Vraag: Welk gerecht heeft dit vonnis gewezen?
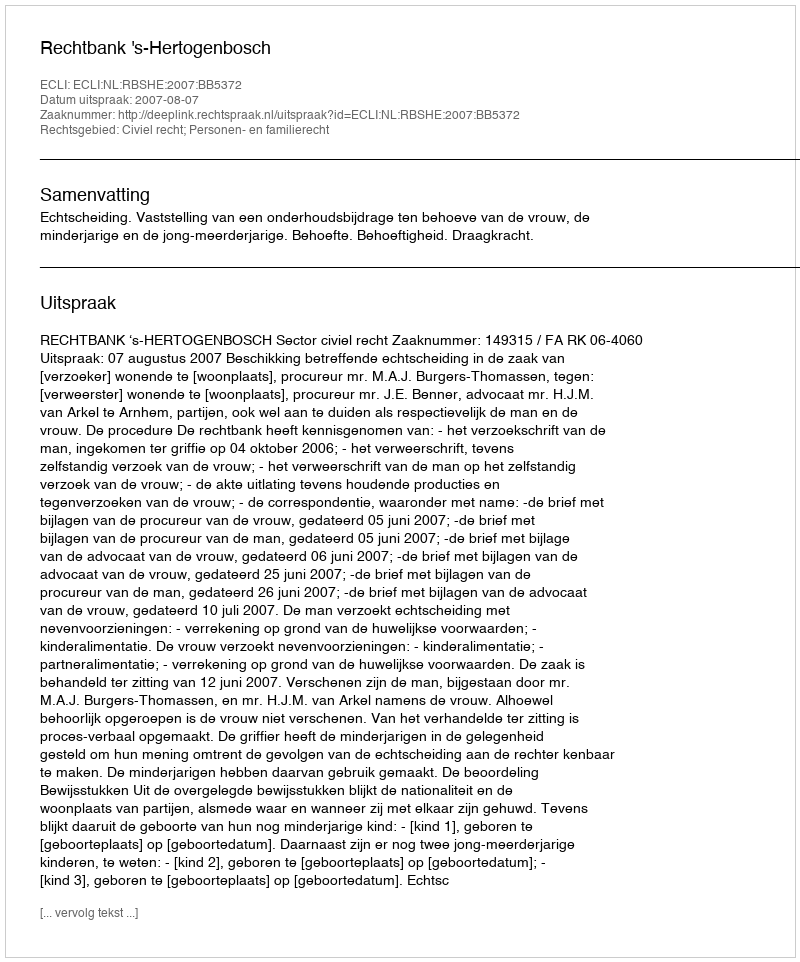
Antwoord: Rechtbank 's-Hertogenbosch